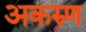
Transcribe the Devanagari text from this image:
अकरुण